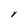
Character: Y